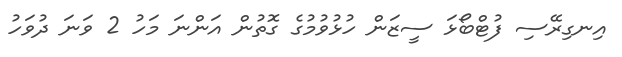
އިނގިރޭސި ފުޓްބޯޅަ ސީޒަން ހުޅުވުމުގެ ގޮތުން އަންނަ މަހު 2 ވަނަ ދުވަހު